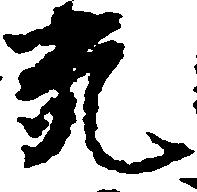
死